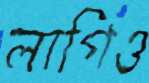
লাগিও